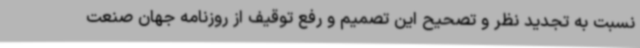
نسبت به تجدید نظر و تصحیح این تصمیم و رفع توقیف از روزنامه جهان صنعت